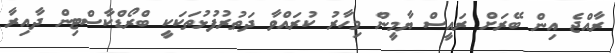
ރާއްޖެ އިން ބޭރަށް ރައީސް ޔާމީން މިހާރު ކުރައްވާ ދަތުރުފުޅުތަކަކީ ބްރޯޑްކާސްޓިން ދާއިރާ